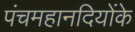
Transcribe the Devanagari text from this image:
पंचमहानदियोंके